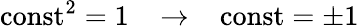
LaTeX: \mathrm{const^{2}=1\; \; \; \to\; \; \; \mathrm{const}=\pm 1}